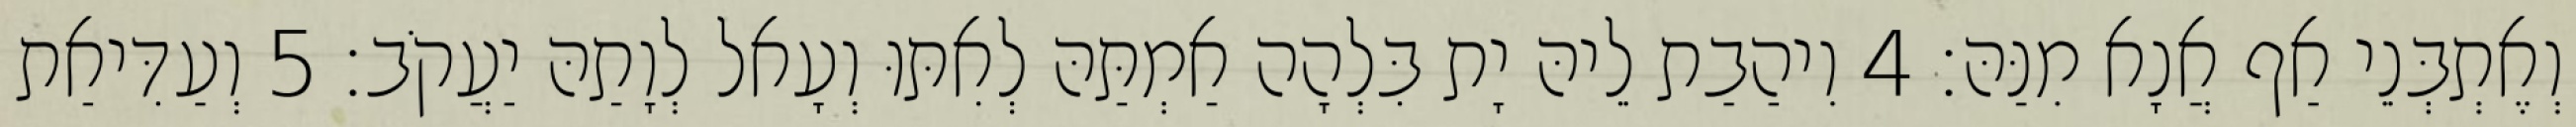
וְאֶתְבְּנֵי אַף אֲנָא מִנַּהּ׃ 4 וִיהַבַת לֵיהּ יָת בִּלְהָה אַמְתַּהּ לְאִתּוּ וְעָאל לְוָתַהּ יַעֲקֹב׃ 5 וְעַדִּיאַת